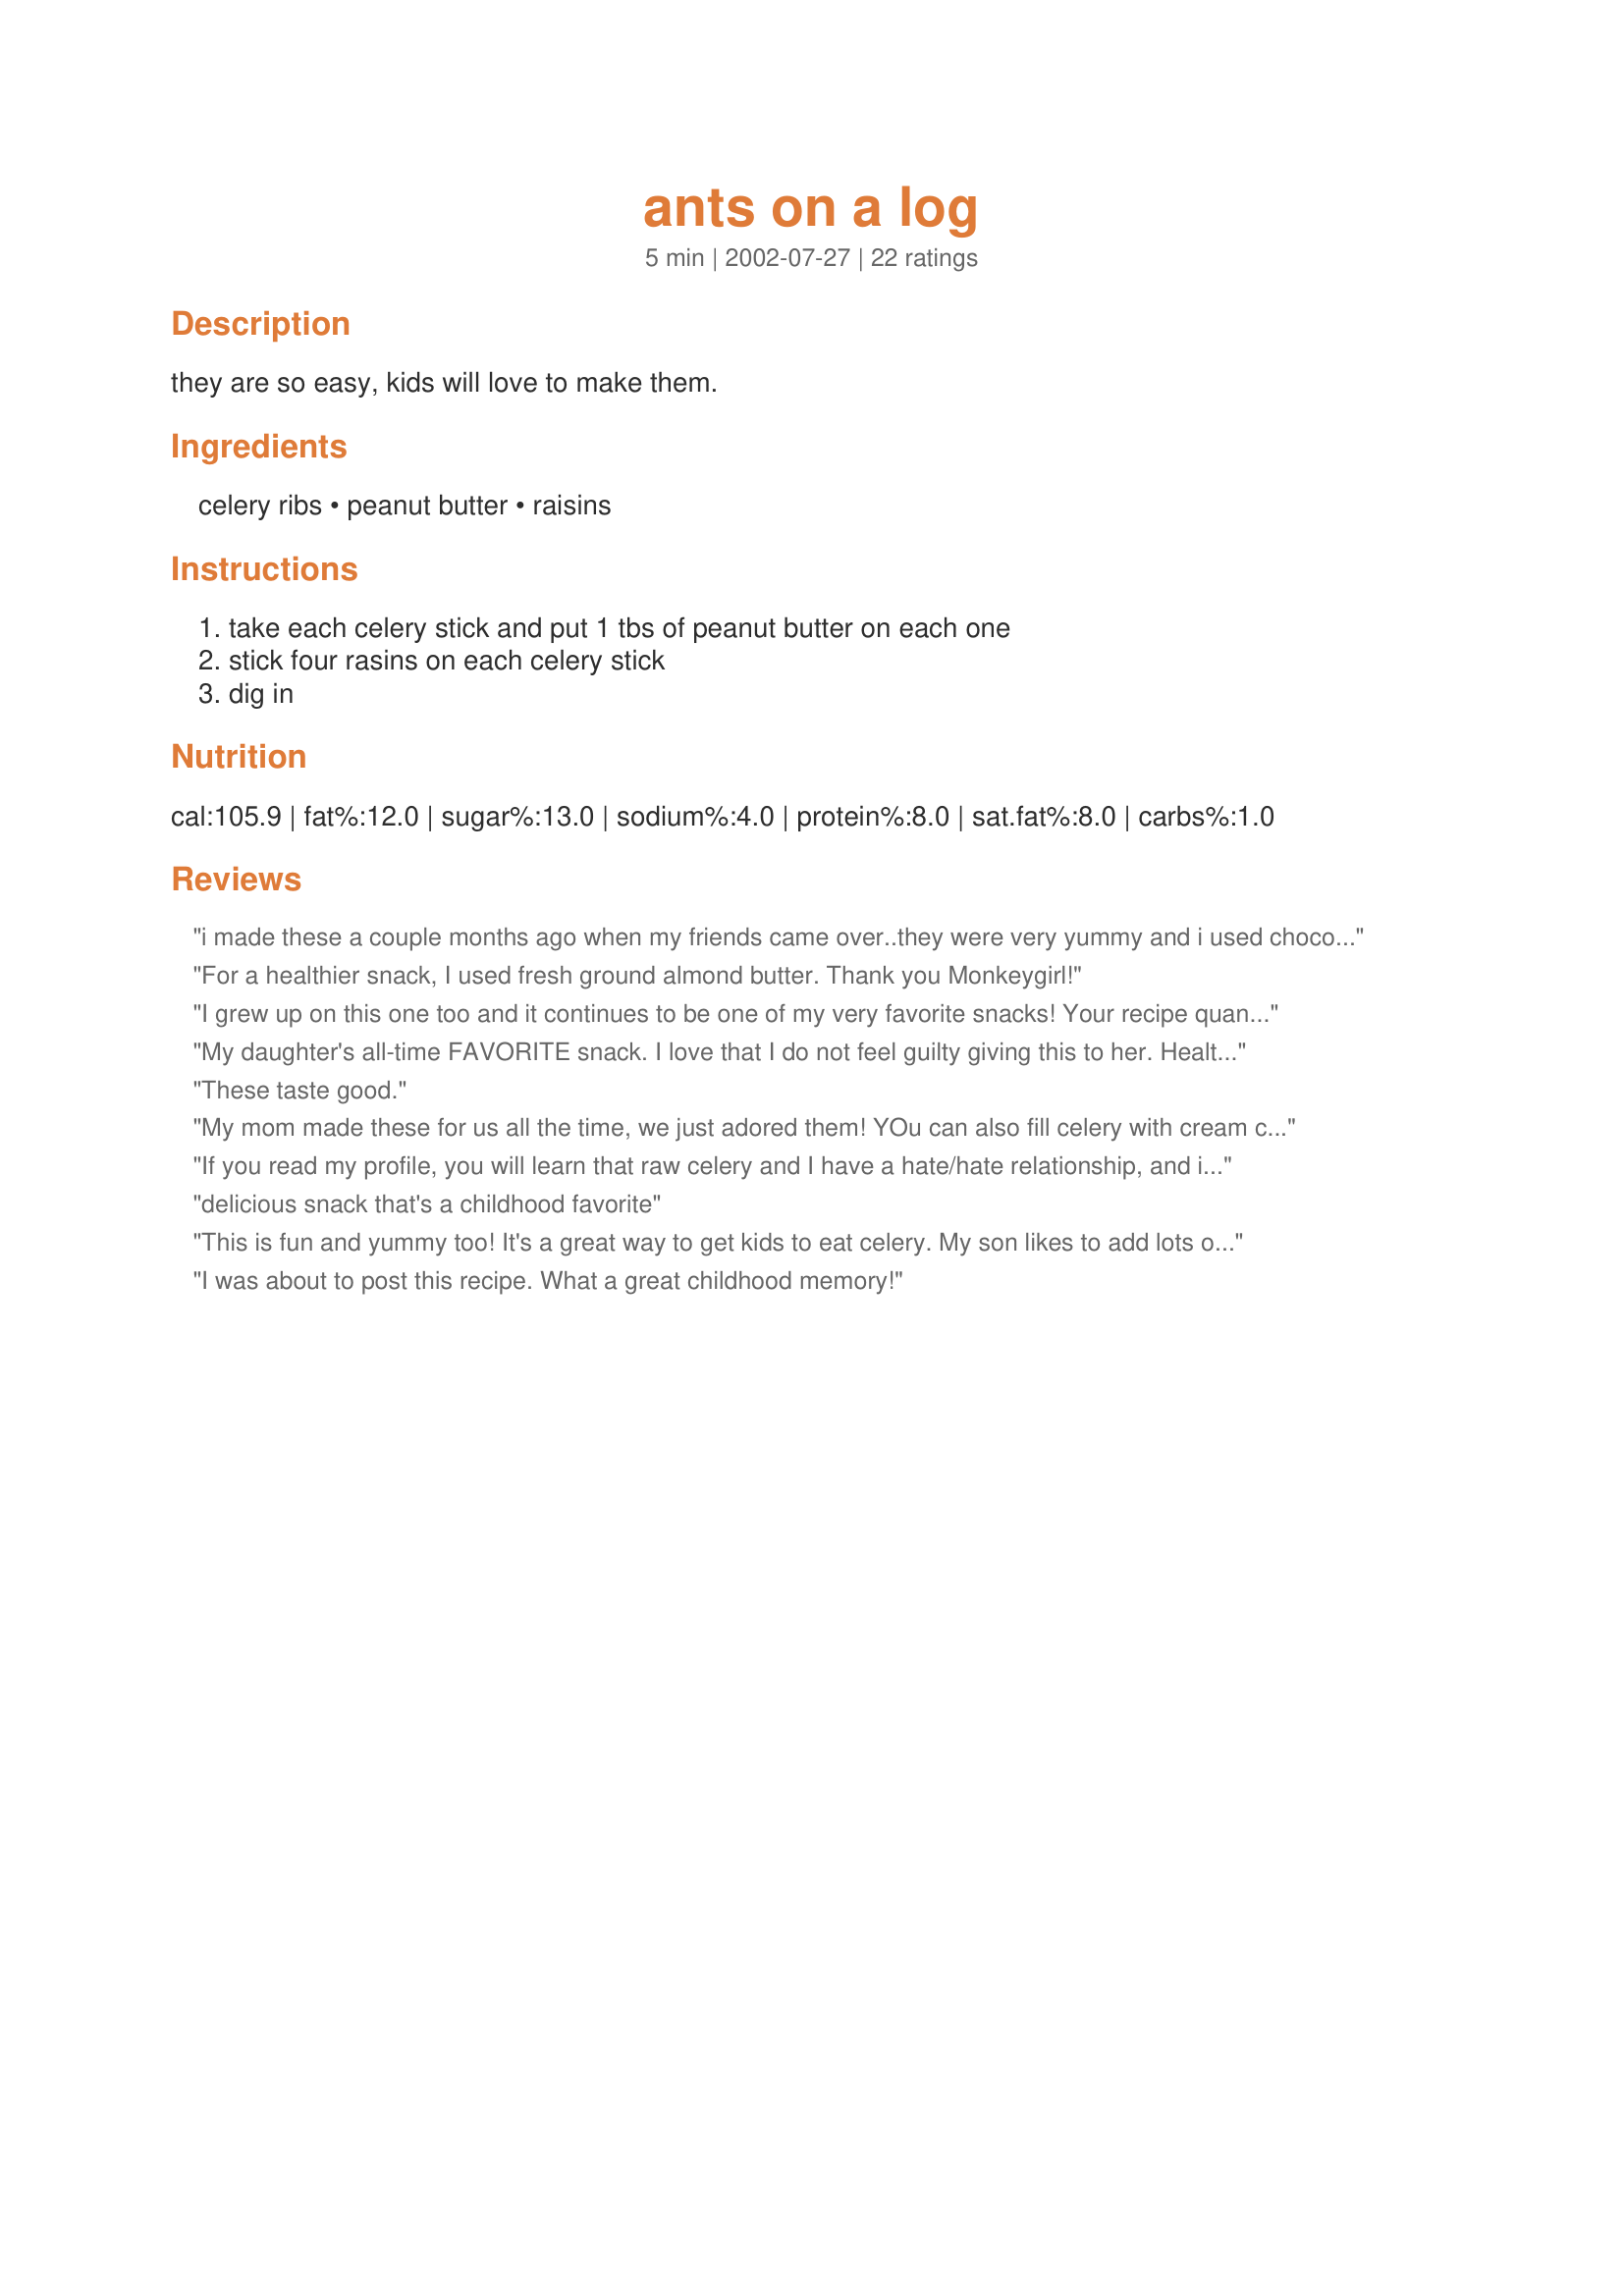
ants on a log
Preparation time: 5 minutes

they are so easy, kids will love to make them.

Ingredients:
celery ribs, peanut butter, raisins

Steps:
take each celery stick and put 1 tbs of peanut butter on each one, stick four rasins on each celery stick, dig in

Reviews:
i made these a couple months ago when my friends came over..they were very yummy and i used chocolate covered raisins instead and made it even better.
For a healthier snack, I used fresh ground almond butter. Thank you Monkeygirl!
I grew up on this one too and it continues to be one of my very favorite snacks! Your recipe quantities on it are perfect! Sometimes, for an even more accessible treat, I cut the celery stalks into little bite-sized pieces and then top those with peanut butter and one or two raisins before devouring them. Yum! Thank you for the great post!
My daughter's all-time FAVORITE snack. I love that I do not feel guilty giving this to her. Healthy, crunchy, a bit savory and sweet. What a fun recipe to post. Thanks for posting!
These taste good.
My mom made these for us all the time, we just adored them! YOu can also fill celery with cream cheese and top with shredded carrots. Not quite as adorable, but pretty and yummy, too!
If you read my profile, you will learn that raw celery and I have a hate/hate relationship, and it's pretty much been that way since I was in preschool. Why the 5 stars, you ask? Well, I give this 5 stars because of the creative ways my mom tried to get me to actually EAT it. She would dance the celery around about 1 inch above the table like it had invisible legs of a millipede - part of a non-existent conga line of other vegetables - all the while telling me how yummy it would be and humming some made-up tune. Also, once someone actually persuaded me to try this (probably some boy I had a crush on in kindergarten), it's actually not bad...however, for ME to like this, I have to put SO MUCH peanut butter on it that it really doesn't taste anything like celery anymore. Anyway, this recipe is a classic. Great posting. :)
delicious snack that's a childhood favorite
This is fun and yummy too! It's a great way to get kids to eat celery. My son likes to add lots of raisins to his.
I was about to post this recipe. What a great childhood memory!
We made these as a craft at snack time at my son's preschool yesterday. So cute and they kids got a kick out of "eating bugs". They were ages 2 to 5 and EVERYONE tried at least 1 bite which was my goal. Thanks for posting.
This isn't just a kid's treat. Adults love to snack on this, too. It's simple, sweet, and relatively healthy.
This is a healthy and delicious kids recipe that is fun to make and eat too. Thank you for sharing a classic.
Mmmmm.... i used to make these all the time for my daughter and myself! Sometimes for a late nite snack I would drizzle honey over the top!
These are SO not just for kids!! I still enjoy them! They are also delicious with dried cranberries instead of raisins.
Ooh! This is one of my favourite snacks too! Incredibly easy and yummy!
Ants on a Log!!! I grew up with these too, very good (I think our mom's knew it was good for us too...sneaky). I havent tried it with the meats of sunflower seeds but I will- thanks for a memory!
I love this snack!
My son made these in preschool..he thought he was hot stuff. lol He made them for everyone that walked in the house.
This was one of my favorite snacks as a kid! For a twist try cheese wiz instead of peanut butter of sunflower seeds instead of raisins!
I made these for the first time (can you believe it?) about a month ago! Thanks for the recipe!
I made these for my kids lunch. All three of my kids loved this yummy treat. My 7 year old made a second batch all by herself. Thanks for sharing this!
